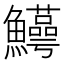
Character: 𬵸